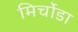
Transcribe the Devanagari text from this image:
मिर्चोडा